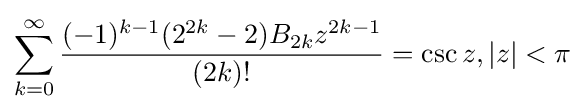
\sum _{k=0}^{\infty }{\frac {(-1)^{k-1}(2^{2k}-2)B_{2k}z^{2k-1}}{(2k)!}}=\csc z,|z|<\pi